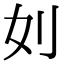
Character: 𠚰